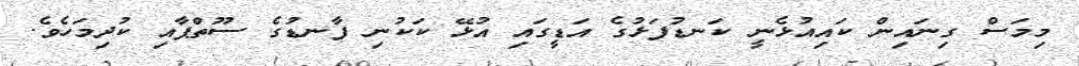
މިމަސް ގިނައިން ކައިއުޅެނީ ކަނޑުފަޅުގެ އަޑީގައި އުޅޭ ކަކުނި ފާނޑުގެ ސޫތްޕާއި ކުދިމަހެވެ.